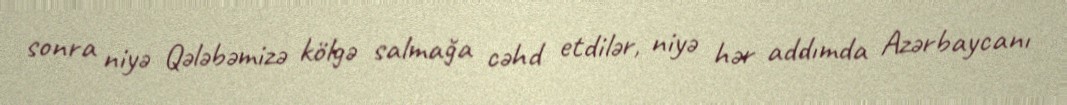
sonra niyə Qələbəmizə kölgə salmağa cəhd etdilər, niyə hər addımda Azərbaycanı